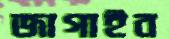
জাগাইব